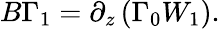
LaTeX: B\Gamma_{1}=\partial_{z}\left(\Gamma_{0}W_{1}\right).